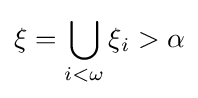
\xi =\bigcup _{i<\omega }\xi _{i}>\alpha